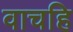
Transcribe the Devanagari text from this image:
वाचहि